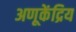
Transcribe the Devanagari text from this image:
अणूकेंद्रिय